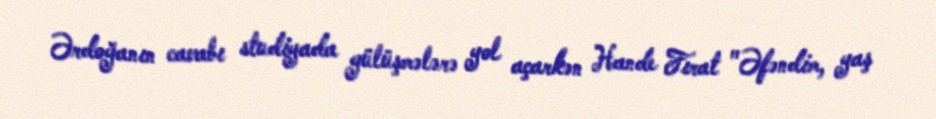
Ərdoğanın cavabı studiyada gülüşmələrə yol açarkən Hande Fırat "Əfəndim, yaş